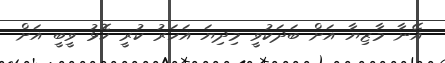
އޭނާ މާޒިޔާ އަށް ބަދަކުވީ މިދިޔަ އަހަރު ކުރީ ކޮޅު ވީބީ އަށް